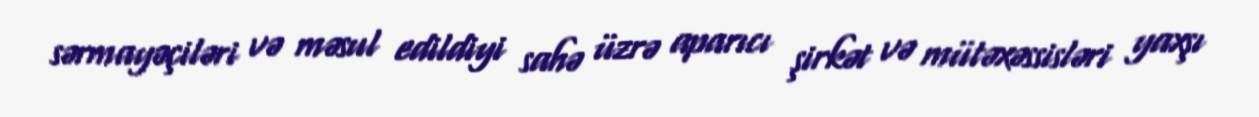
sərmayəçiləri və məsul edildiyi sahə üzrə aparıcı şirkət və mütəxəssisləri yaxşı